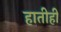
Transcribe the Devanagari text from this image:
हातीही